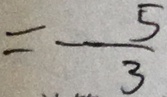
= - \frac { 5 } { 3 }